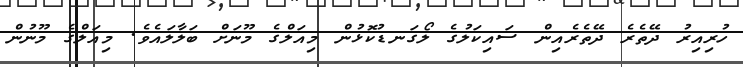
ހުރިއިރު ދޭތެރެ ދޭތެރެއިން ސައިކަލުގެ ލޯގަނޑުކޮޅުން މިއަލްގެ މޫނަށް ބަލާލައެވެ. މިއަލްގެ މޫނުން